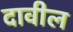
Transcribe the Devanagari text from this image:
दावील